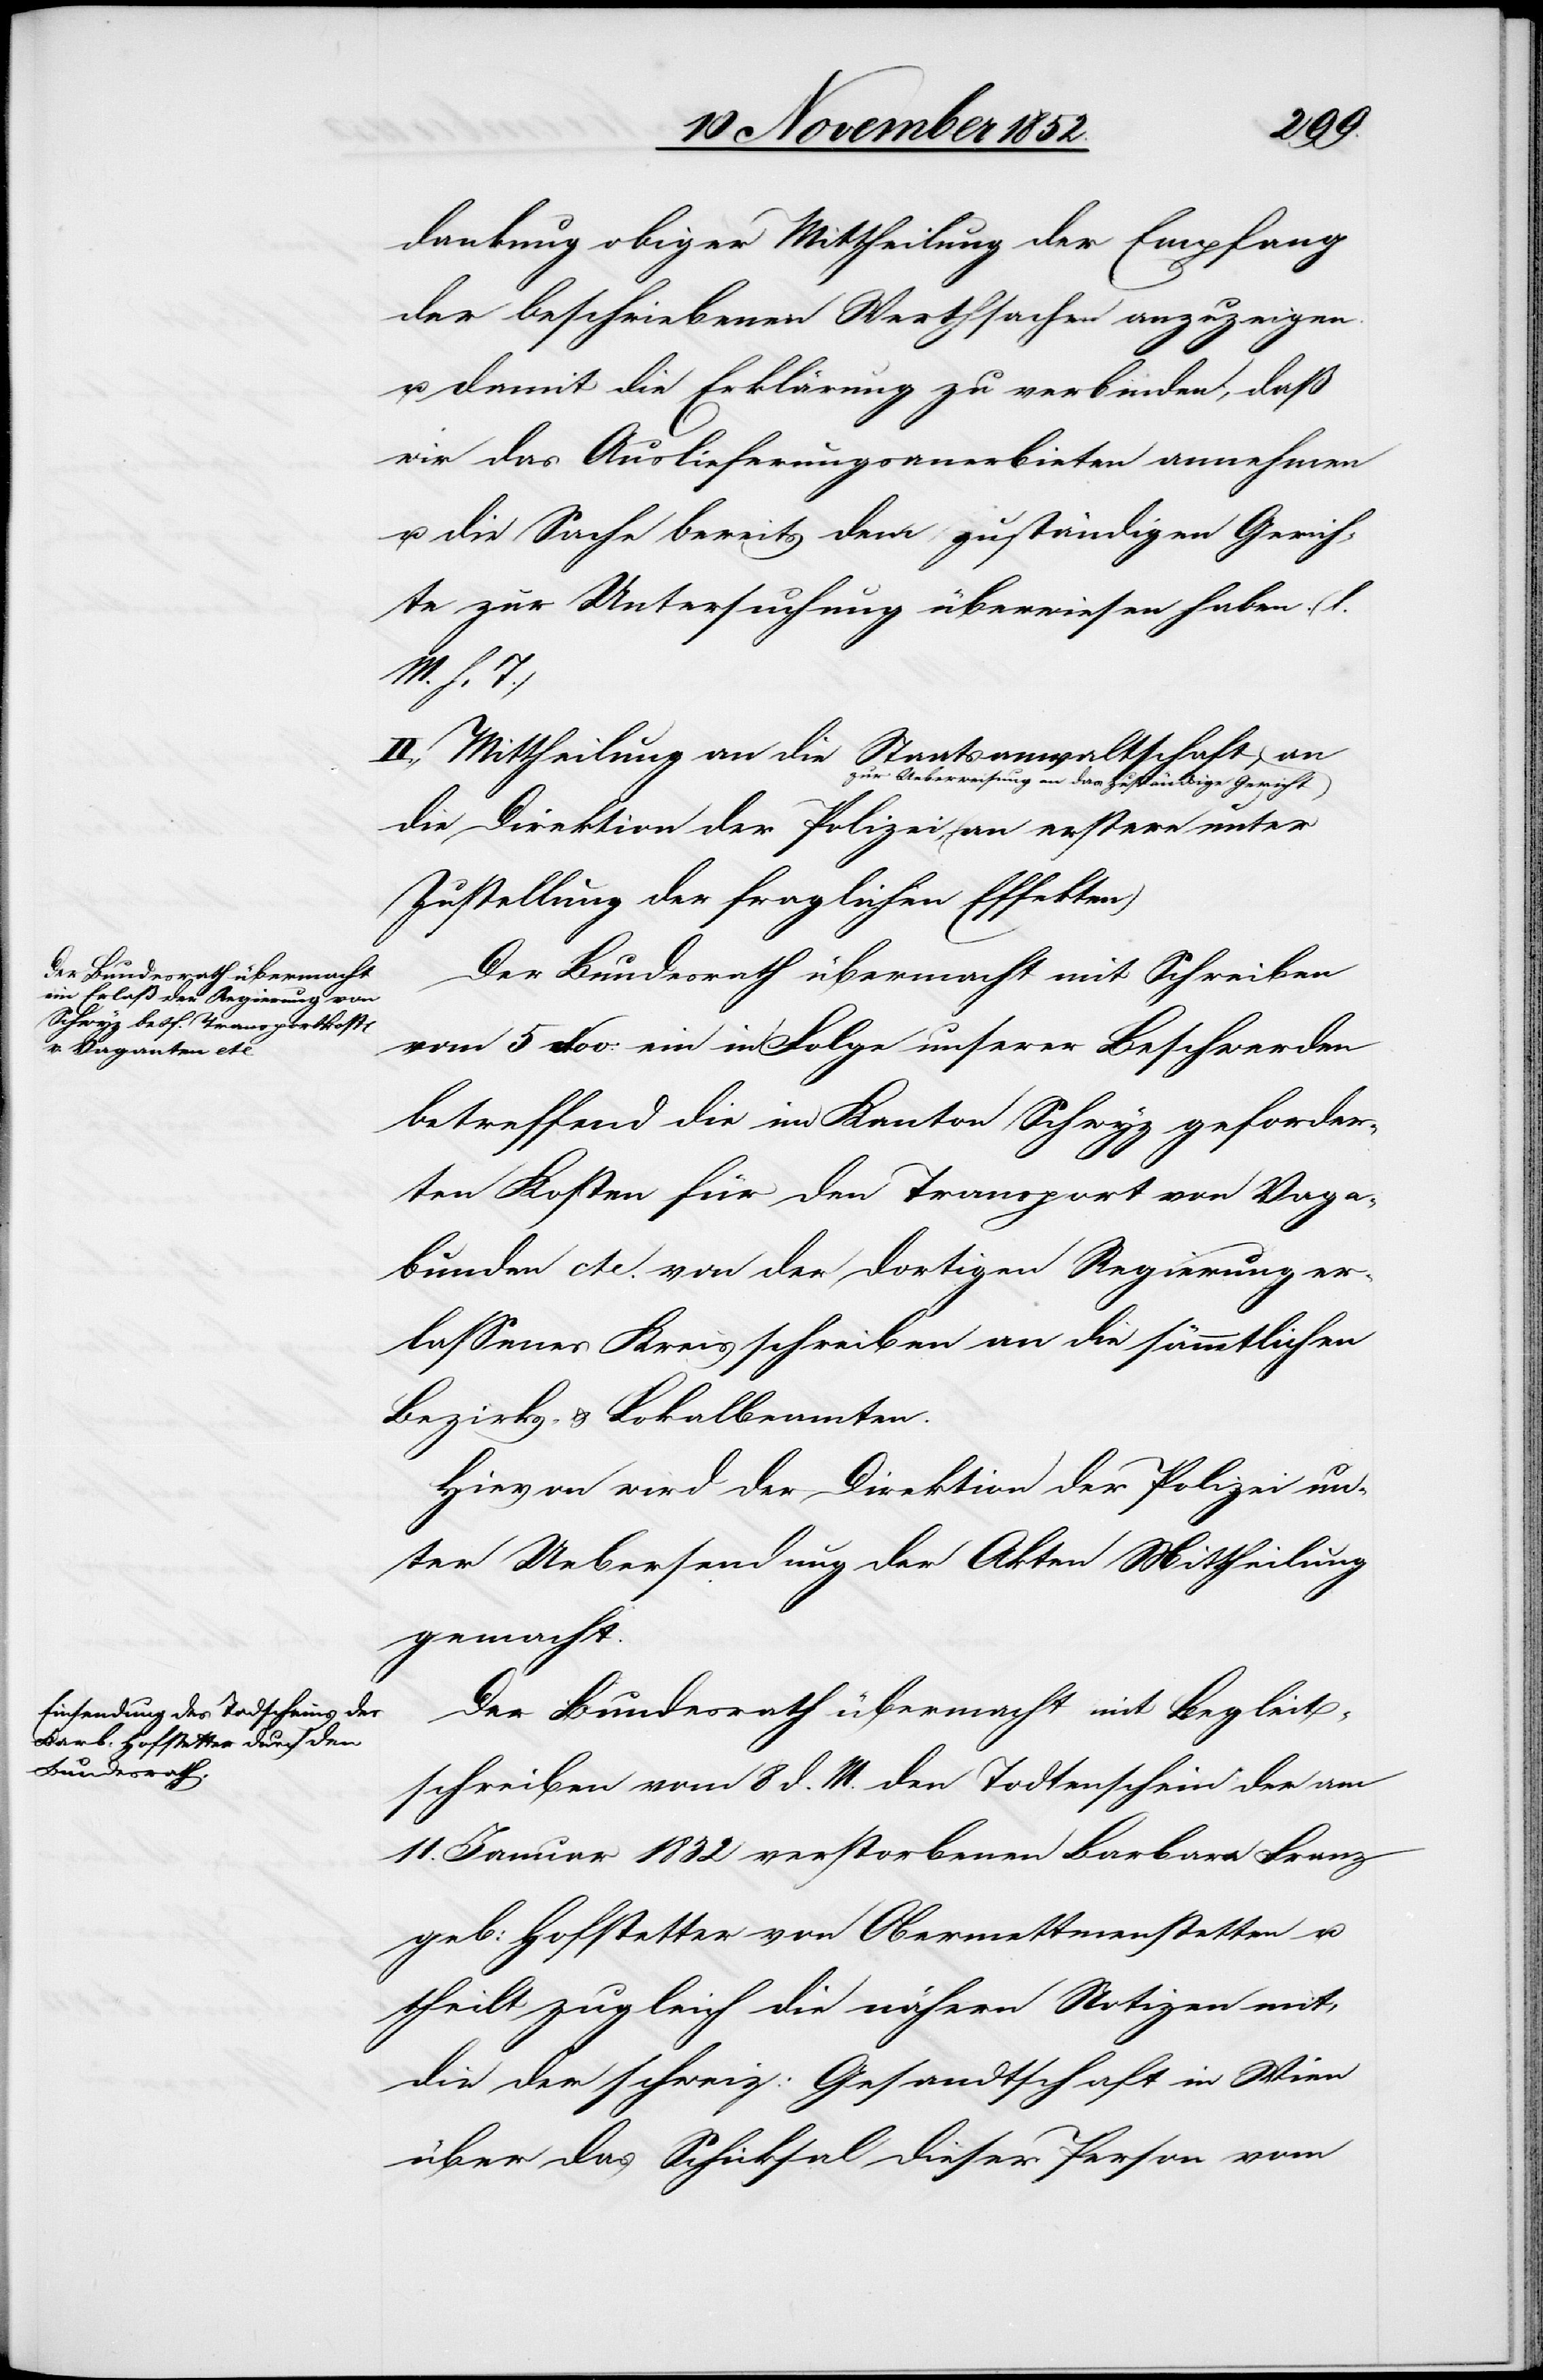
dankung obiger Mittheilung der Empfang
der beschriebenen Werthsachen anzuzeigen
u. damit die Erklärung zu verbinden, daß
wir das Auslieferungsanerbieten annehmen
u. die Sache bereits dem zuständigen Gerich¬
te zur Untersuchung überwiesen haben. (l.
n)[.]
II., Mittheilung an die Staatsanwaltschaft zu¬
r Ueberweisung an das zuständige Gericht,
die Direktion der Polizei, (an erstere unter
Zustellung der fraglichen Effekte¬
Der Bundesrath übermacht mit Schreiben
vom 5 Nov: ein in Folge unserer Beschwerden
betreffend die im Kanton Schwyz geforder¬
ten Kosten für den Transport von Vaga¬
bunden etc. von der dortigen Regierung er¬
lassenes Kreisschreiben an die sämmtlichen
Bezirks- & Lokalbeamten.
Hievon wird der Direktion der Polizei un¬
ter Uebersendung der Akten Mittheilung
gemacht.
Der Bundesrath übermacht mit Begleit¬
schreiben vom 8 d. M. den Todtenschein der am
11. Januar 1832 verstorbenen Barbara Franz
geb: Hofstetter von Obermettmenstetten u.
theilt zugleich die nähern Notizen mit,
die der schweiz: Gesandtschaft in Wien
über das Schicksal dieser Person vom